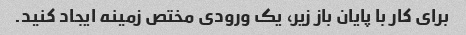
برای کار با پایان باز زیر، یک ورودی مختص زمینه ایجاد کنید.